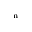
_ \mathrm { n }